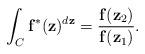
LaTeX: \begin{align*} \int _C\mathbf{f}^*(\mathbf{z})^{d\mathbf{z}}=\frac{\mathbf{f}(\mathbf{z}_2)}{\mathbf{f}(\mathbf{z}_1)}. \end{align*}